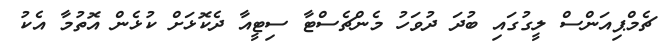
ޗެމްޕިއަންސް ލީގުގައި ބުދަ ދުވަހު މެންޗެސްޓާ ސިޓީއާ ދެކޮޅަށް ކުޅެން އޮތުމާ އެކު